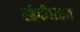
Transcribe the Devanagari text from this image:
रहेगी।२०११